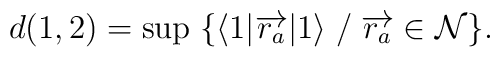
d(1,2) = \sup \;\{ \langle 1|{\overrightarrow{r_a}}|1\rangle\; /\; {\overrightarrow {r_a}}\in\mathcal{ N}\}.